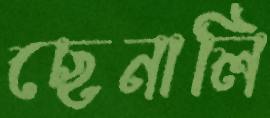
ছেনালি